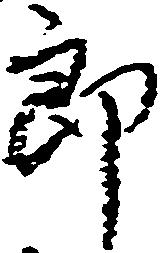
郎